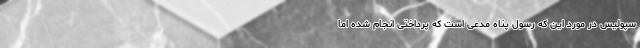
سپولیس در مورد این که رسول پناه مدعی است که پرداختی انجام شده اما